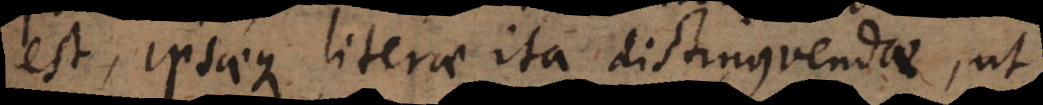
est, ipsaeque literae ita distinguendae, ut